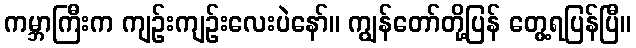
ကမ္ဘာကြီးက ကျဉ်းကျဉ်းလေးပဲနော်။ ကျွန်တော်တို့ပြန် တွေ့ရပြန်ပြီ။